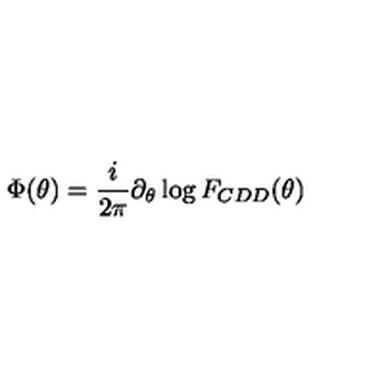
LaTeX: \Phi ( \theta ) = { \frac { i } { 2 \pi } } \partial _ { \theta } \log F _ { C D D } ( \theta )